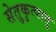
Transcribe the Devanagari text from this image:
सेतुकृत्पातु